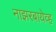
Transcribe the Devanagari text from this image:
नाझरबायेव्ह